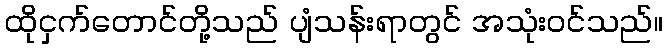
ထိုငှက်တောင်တို့သည် ပျံသန်းရာတွင် အသုံးဝင်သည်။